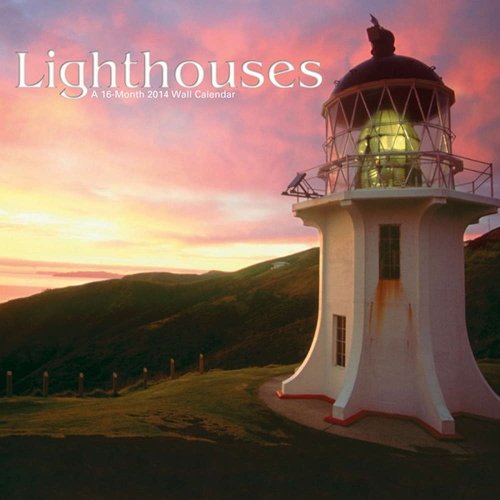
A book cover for Lighthouses 2014 Calendar; Trends; Calendars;